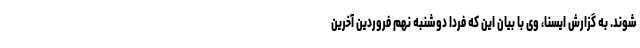
شوند. به گزارش ایسنا، وی با بیان این که فردا دوشنبه نهم فروردین آخرین